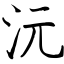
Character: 沅